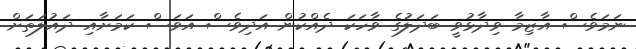
ނަމަވެސް އާޒިމާ ވިދާޅުވީ ބަދަލުގެ ވާހަކަ ދެއްކުން އަދިވެސް އަވަސް ކަމަށާއި ދައުލަތަށް